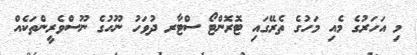
މި އަހަރުގެ މެއި މަހުގެ ތެރޭގައި ޓޮރޮންޓޯ ސްޓާރ ދުވަހު ނޫހުގެ ނޫސްވެރީންތަކެއް